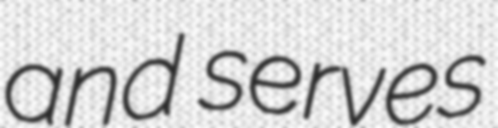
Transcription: and serves